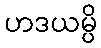
ဟဒယမ္ပိ